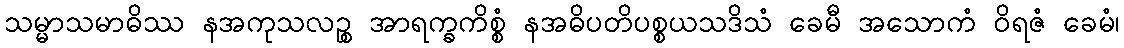
သမ္မာသမာဓိဿ နအကုသလဉ္စ အာရက္ခကိစ္စံ နအဓိပတိပစ္စယသဒိသံ ခေမီ အသောကံ ဝိရဇံ ခေမံ၊